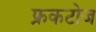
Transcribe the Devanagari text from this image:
फ्रकटोज